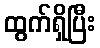
ထွက်ရှိပြီး